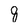
Character: 8